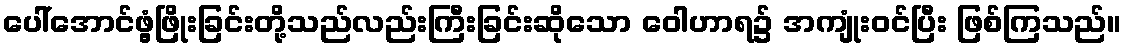
ပေါ်အောင်ဖွံ့ဖြိုးခြင်းတို့သည်လည်းကြီးခြင်းဆိုသော ဝေါဟာရ၌ အကျုံးဝင်ပြီး ဖြစ်ကြသည်။